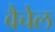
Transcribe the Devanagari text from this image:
वैचेल